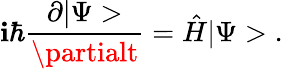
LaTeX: \mathbf{i}\hbar\frac{{\partial|\Psi>}}{{\partialt}}=\hat{{H}}|\Psi>\; .